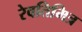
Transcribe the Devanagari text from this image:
रेवतिमित्र